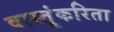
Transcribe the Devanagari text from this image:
वास्तूंकरिता